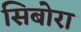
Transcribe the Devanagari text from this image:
सिबोरा